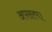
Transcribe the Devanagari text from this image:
अपसरण।